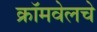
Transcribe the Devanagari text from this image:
क्रॉमवेलचे